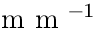
\textrm { m m } ^ { - 1 }